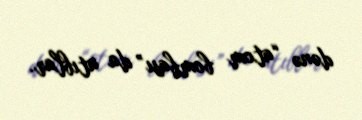
dənə “atom bombası” da atıblar.